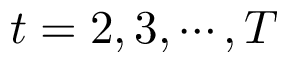
t = 2 , 3 , \cdots , T